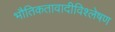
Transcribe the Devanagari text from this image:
भौतिकतावादीविश्लेषण